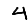
Digit: 4